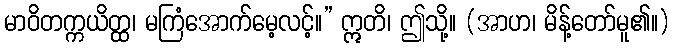
မာဝိတက္ကယိတ္ထ၊ မကြံအောက်မေ့လင့်။” ဣတိ၊ ဤသို့။ (အာဟ၊ မိန့်တော်မူ၏။)